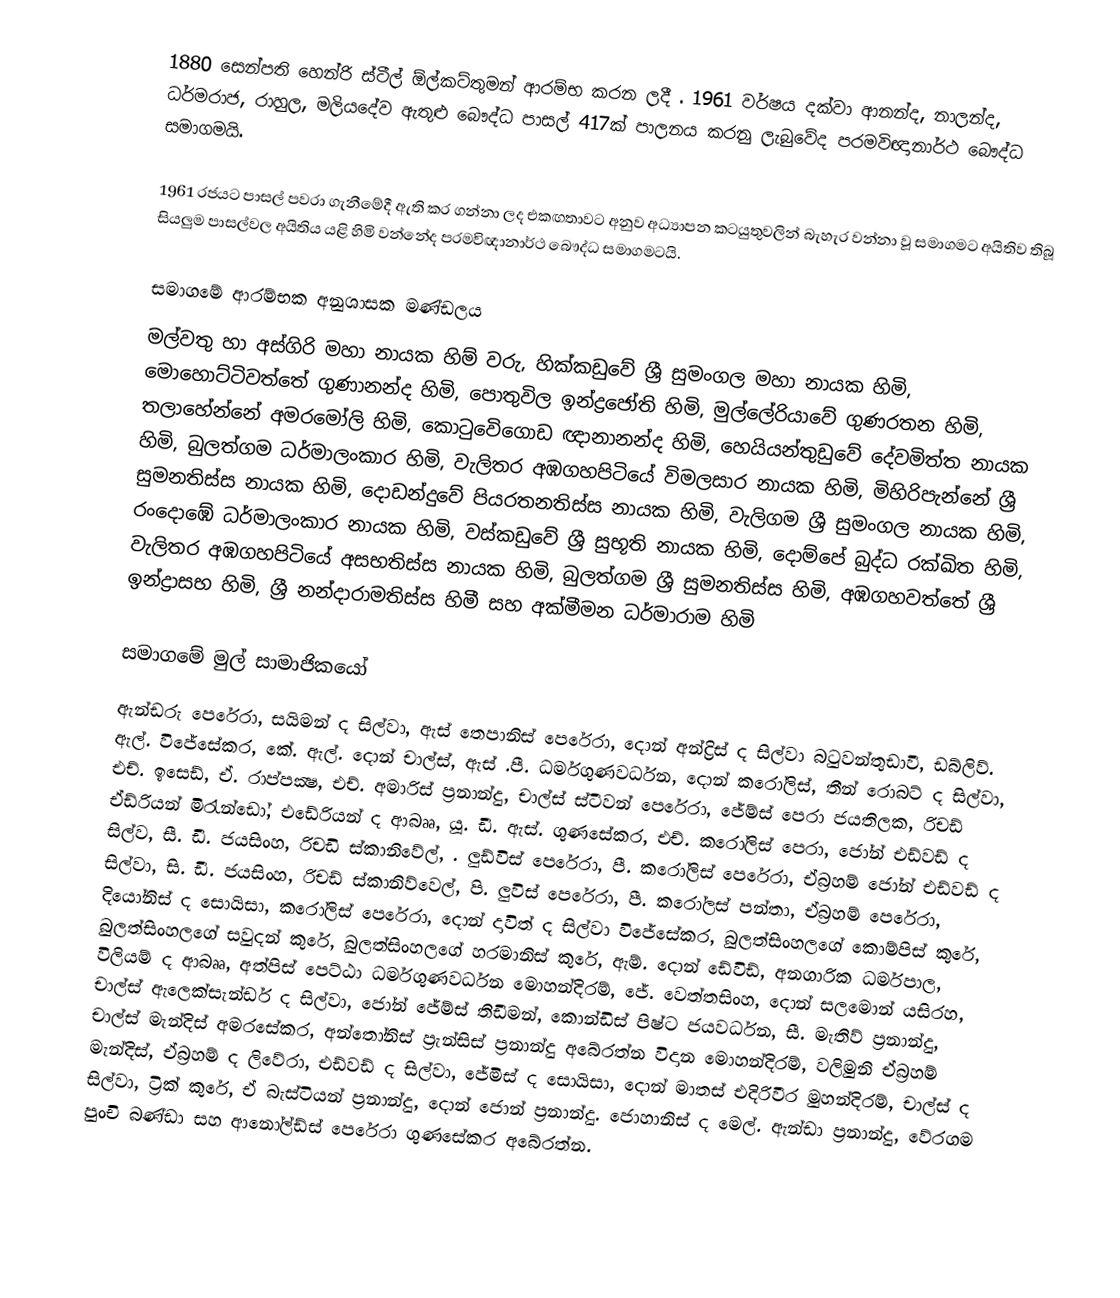
1880 සෙන්පති හෙන්රි ස්ටීල් ඕල්කට්තුමන් ආරම්භ කරන ලදී . 1961 වර්ෂය දක්වා ආනන්ද, නාලන්ද, ධර්මරාජ, රාහුල, මලියදේව ඇතුළු බෞද්ධ පාසල් 417ක් පාලනය කරනු ලැබුවේද පරමවිඥානාර්ථ බෞද්ධ සමාගමයි.

1961 රජයට පාසල් පවරා ගැනීමේදී ඇති කර ගන්නා ලද එකඟතාවට අනුව අධ්‍යාපන කටයුතුවලින් බැහැර වන්නා වූ සමාගමට අයිතිව තිබූ සියලුම පාසල්වල අයිතිය යළි හිමි වන්නේද පරමවිඥානාර්ථ බෞද්ධ සමාගමටයි.

සමාගමේ ආරම්භක අනුශාසක මණ්ඩලය
මල්වතු හා අස්ගිරි මහා නායක හිම් වරු, හික්කඩුවේ ශ්‍රී සුමංගල මහා නායක හිමි, මොහොට්ටිවත්තේ ගුණානන්ද හිමි, පොතුවිල ඉන්ද්‍රජෝති හිමි, මුල්ලේරියාවේ ගුණරතන හිමි, තලාහේන්නේ අමරමෝලි හිමි, කොටුවෙිගොඩ ඥානානන්ද හිමි, හෙයියන්තුඩුවේ දේවමිත්ත නායක හිමි, බුලත්ගම ධර්මාලංකාර හිමි, වැලිතර අඹගහපිටියේ විමලසාර නායක හිමි, මිහිරිපැන්නේ ශ්‍රී සුමනතිස්ස නායක හිමි, දොඩන්දුවේ පියරතනතිස්ස නායක හිමි, වැලිගම ශ්‍රී සුමංගල නායක හිමි, රංදොඹේ ධර්මාලංකාර නායක හිමි, වස්කඩුවේ ශ්‍රී සුභූති නායක හිමි, දොම්පේ බුද්ධ රක්ඛිත හිමි, වැලිතර අඹගහපිටියේ අසභතිස්ස නායක හිමි, බුලත්ගම ශ්‍රී සුමනතිස්ස හිමි, අඹගහවත්තේ ශ්‍රී ඉන්ද්‍රාසභ හිමි, ශ්‍රී නන්දාරාමතිස්ස හිමී  සහ  අක්මීමන ධර්මාරාම හිමි

සමාගමේ මුල් සාමාජිකයෝ
ඇන්ඩරු පෙරේරා, සයිමන් ද සිල්වා, ඇස් තෙපානිස් පෙරේරා, දොන් අන්ද්‍රිස් ද සිල්වා බටුවන්තුඩාවී, ඩබ්ලිව්. ඇල්. විජේසේකර, කේ. ඇල්. දොන් චාල්ස්, ඇස් .පී. ධර්මගුණවර්ධන, දොන් කරෝලිස්, තීන් රොබට් ද සිල්වා, එච්. ඉසෙඩ්, ඒ. රාප්පක්‍ෂ, එච්. අමාරිස් ප්‍රනාන්දු, චාල්ස් ස්ටීවන් පෙරේරා, ජේම්ස් පෙරා ජයතිලක, රිචඩ් ඒඩ්රියන් මිරැන්ඩෝ, එඩේරියන් ද ආබෲ, යූ. ඩී. ඇස්. ගුණසේකර, එච්. කරෝලිස් පෙරා, ජෝන් එඩ්වඩ් ද සිල්ව, සී. ඩී. ජයසිංහ, රිචඩි ස්කානිවේල්, . ලුඩ්විස් පෙරේරා, පී. කරෝලිස් පෙරේරා, ඒබ්‍රහම් ජෝන් එඩ්වඩ් ද සිල්වා, සි. ඩී. ජයසිංහ, රිචඩ් ස්කානිව්වෙල්, පි. ලුවිස් පෙරේරා, පී. කරෝලස් පන්තා, ඒබ්‍රහම් පෙරේරා, දියෝනිස් ද සොයිසා, කරෝලිස් පෙරේරා, දොන් දාවිත් ද සිල්වා විජේසේකර, බුලත්සිංහලගේ කොම්පිස් කුරේ, බුලත්සිංහලගේ සවුදන් කුරේ, බුලත්සිංහලගේ හරමානිස් කුරේ, ඇම්. දොන් ඩේවිඩ්, අනගාරික ධර්මපාල, විලියම් ද ආබෲ, අත්පිස් පෙට්ඨා ධර්මගුණවර්ධන මොහන්දිරම්, ජේ. වෙත්තසිංහ, දොන් සලමොන් යසිරහ, චාල්ස් ඇලෙක්සැන්ඩර් ද සිල්වා, ජෝන් ජේම්ස් තිඩීමන්, කොන්ඩිස් පිෂ්ට ජයවර්ධන, සී. මැතිව් ප්‍රනාන්දු, චාල්ස් මැන්දිස් අමරසේකර, අන්තෝනිස් ප්‍රැන්සිස් ප්‍රනාන්දු අබේරත්න විදාන මොහන්දිරම්, වලිමුනි ඒබ්‍රහම් මැන්දිස්, ඒබ්‍රහම් ද ලිවේරා, එඩ්වඩ් ද සිල්වා, ජේමිස් ද සොයිසා, දොන් මාතස් එදිරිවීර මුහන්දිරම්, චාල්ස් ද සිල්වා, ට්‍රික් කුරේ, ඒ බැස්ටියන් ප්‍රනාන්දු, දොන් ජොන් ප්‍රනාන්දු. ජොහානිස් ද මෙල්. ඇන්ඩා ප්‍රනාන්දු, වේරගම පුංචි බණ්ඩා සහ  ආනෝල්ඩ්ස් පෙරේරා ගුණසේකර අබේරත්න.